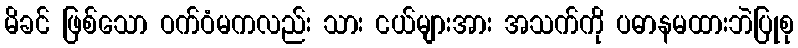
မိခင် ဖြစ်သော ဝက်ဝံမကလည်း သား ငယ်များအား အသက်ကို ပဓာနမထားဘဲပြုစု